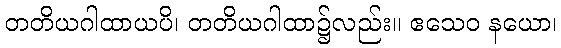
တတိယဂါထာယပိ၊ တတိယဂါထာ၌လည်း။ ဧသေဝ နယော၊